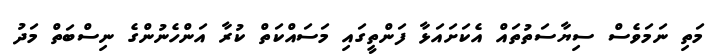
މަތި ނަމަވެސް ސިޔާސަތުތައް އެކަށައަޅާ ފަންތީގައި މަސައްކަތް ކުރާ އަންހެނުންގެ ނިސްބަތް މަދު